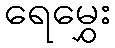
ရေမွှေး